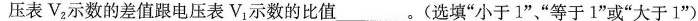
压表V_{2}示数的差值跟电压表V_{1}示数的比值___。(选填”小于1”、”等于1”或”大于1”)